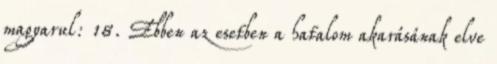
magyarul: 18. Ebben az esetben a hatalom akarásának elve